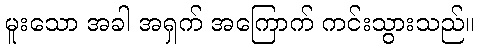
မူးသော အခါ အရှက် အကြောက် ကင်းသွားသည်။